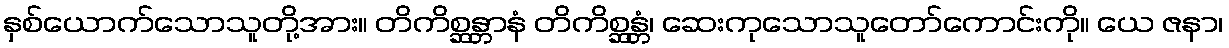
နှစ်ယောက်သောသူတို့အား။ တိကိစ္ဆန္တာနံ တိကိစ္ဆန္တံ၊ ဆေးကုသောသူတော်ကောင်းကို။ ယေ ဇနာ၊